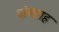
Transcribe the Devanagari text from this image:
चांग्लाह